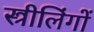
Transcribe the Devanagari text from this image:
स्त्रीलिंगों